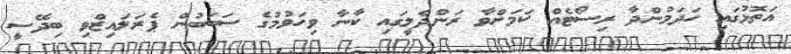
އަތޮޅުގައި ހަދަމުންދާ ރިސޯޓެއް ކަމަށްވާ ރަންދެލީގައި ކާނާ ވިހަވުމުގެ ސަބަބުން ޕެރަލައިޒްވި ބިދޭސީ